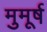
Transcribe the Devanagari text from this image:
मुमूर्ष